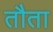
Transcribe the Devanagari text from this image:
तौता